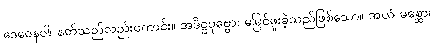
ဒေဝေနဝါ၊ နတ်သည်လည်းကောင်း။ အဒိဋ္ဌပုဗ္ဗော၊ မမြင်ဖူးခဲ့သည်ဖြစ်သော။ အယံ မစ္ဆော၊